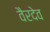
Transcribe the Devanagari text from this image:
वैरदेव